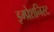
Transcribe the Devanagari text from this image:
इम्प्रेशनिस्ट